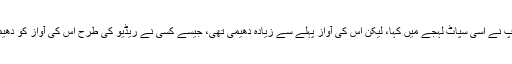
‘‘ اس کے باپ نے اسی سپاٹ لہجے میں کہا، لیکن اس کی آواز پہلے سے زیادہ دھیمی تھی، جیسے کسی نے ریڈیو کی طرح اس کی آواز کو دھیمی کردی ہو۔